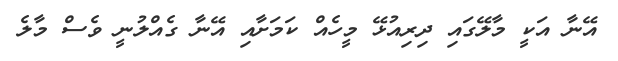
އޭނާ އަކީ މާލޭގައި ދިރިއުޅޭ މީހެއް ކަމަށާއި އޭނާ ގެއްލުނީ ވެސް މާލެ